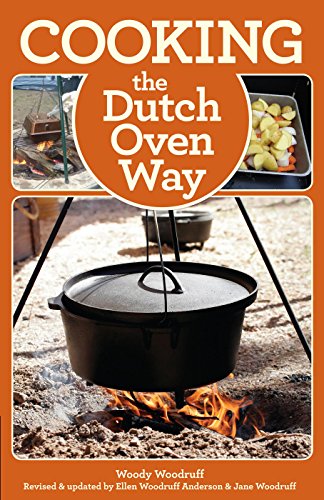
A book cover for Cooking the Dutch Oven Way; Woody Woodruff; Cookbooks, Food & Wine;